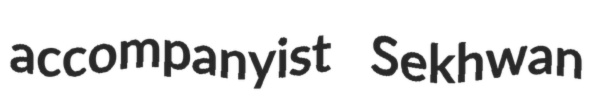
accompanyist Sekhwan